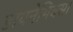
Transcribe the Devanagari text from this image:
डायनेमिक्स।